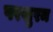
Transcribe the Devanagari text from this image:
परशुरम